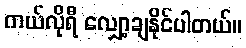
ကယ်လိုရီ လျှော့ချနိုင်ပါတယ်။